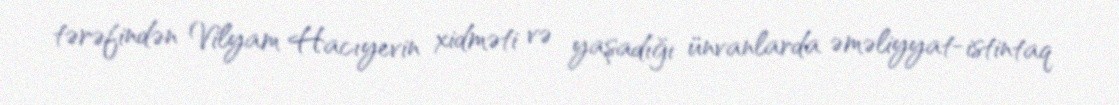
tərəfindən Vilyam Hacıyevin xidməti və yaşadığı ünvanlarda əməliyyat-istintaq